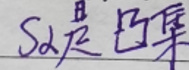
$S_{\alpha}$是凸集